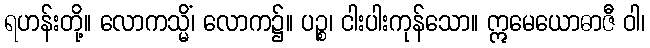
ရဟန်းတို့။ လောကသ္မိံ၊ လောက၌။ ပဉ္စ၊ ငါးပါးကုန်သော။ ဣမေယောဓာဇီ ဝါ၊